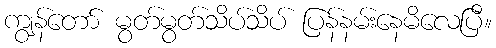
ကျွန်တော် မွတ်မွတ်သိပ်သိပ် ပြန်နမ်းနေမိလေပြီ။